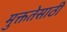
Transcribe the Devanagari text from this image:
मुक्ततेसाठी